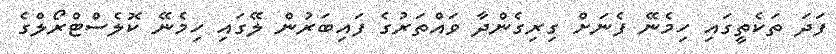
ފަދަ ތަކެތީގައި ހިމެނޭ ފެނަށް ގިރިގެންދާ ވައްތަރުގެ ފައިބަރުން ލޭގައި ހިމެނޭ ކޮލެސްޓްރޯލްގެ